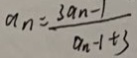
a _ { n } = \frac { 3 a _ { n } - 1 } { a _ { n - 1 } + 3 }